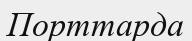
Порттарда